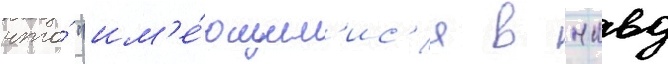
что́ "им'е́ющим'ис'я в нквд